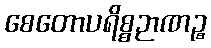
စေတောပရိစ္စဉာဏဉ္စ